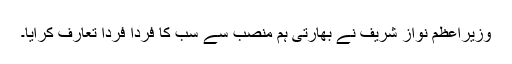
وزیراعظم نواز شریف نے بھارتی ہم منصب سے سب کا فرداً فرداً تعارف کرایا۔